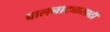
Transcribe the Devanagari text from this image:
बालनाट्यासाठी